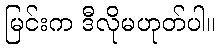
မြင်းက ဒီလိုမဟုတ်ပါ။